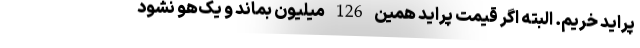
پراید خریم. البته اگر قیمت پراید همین 126 میلیون بماند و یک‌هو نشود